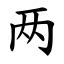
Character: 两